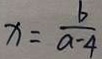
x = \frac { b } { a - 4 }